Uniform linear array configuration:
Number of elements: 4
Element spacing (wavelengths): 1
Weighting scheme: hann
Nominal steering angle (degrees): -60
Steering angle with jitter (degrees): -60.438
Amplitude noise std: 0.05
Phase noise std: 0.05

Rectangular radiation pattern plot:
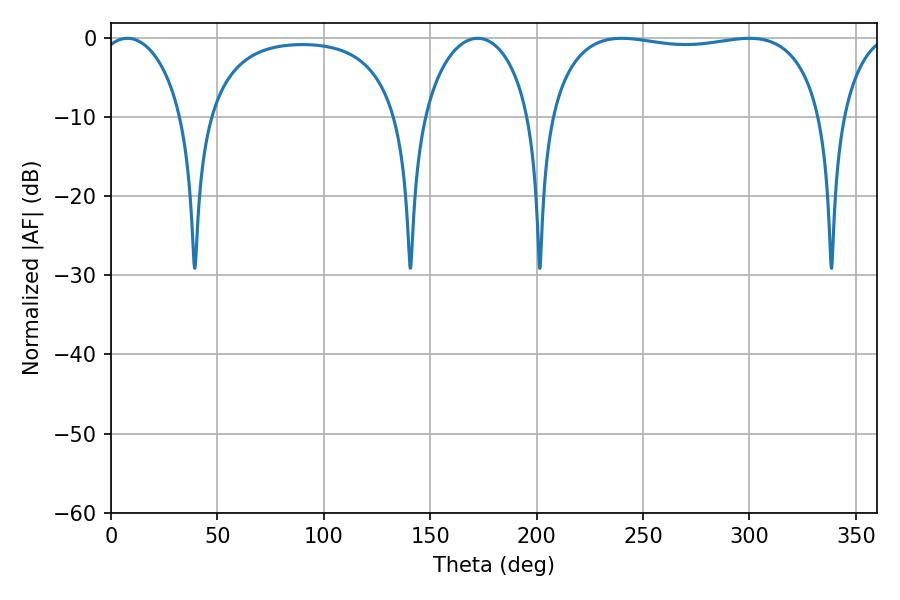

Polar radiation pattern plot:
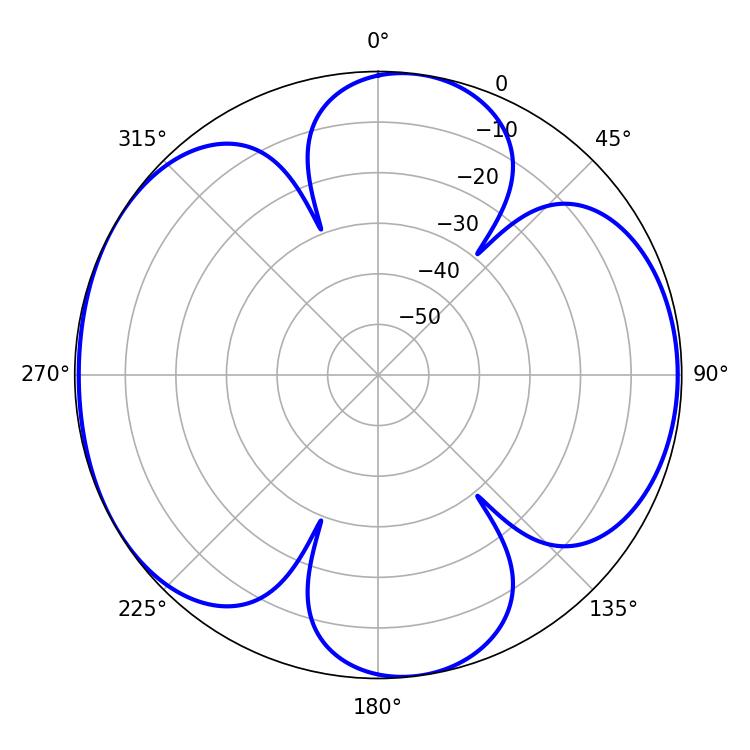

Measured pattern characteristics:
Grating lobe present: TRUE
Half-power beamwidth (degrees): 103.68
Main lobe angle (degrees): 239.94